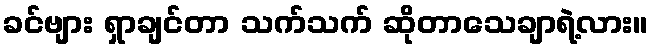
ခင်ဗျား ရှာချင်တာ သက်သက် ဆိုတာသေချာရဲ့လား။